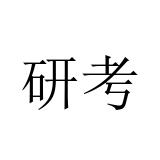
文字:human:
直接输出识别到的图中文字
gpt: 研考